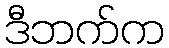
ဒီဘက်က